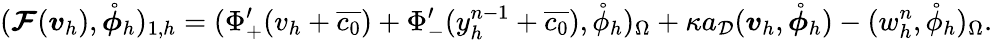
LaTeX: (\boldsymbol{\mathcal{F}}(\boldsymbol{v}_{h}),\mathring{\boldsymbol{\phi}}_{h})_{1,h}=(\Phi_{+}^{\prime}(v_{h}+\overline{{c_{0}}})+\Phi_{-}^{\prime}(y_{h}^{n-1}+\overline{{c_{0}}}),\mathring{\phi}_{h})_{\Omega}+\kappa a_{\mathcal{D}}(\boldsymbol{v}_{h},\mathring{\boldsymbol{\phi}}_{h})-(w_{h}^{n},\mathring{\phi}_{h})_{\Omega}.